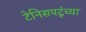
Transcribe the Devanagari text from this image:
टेनिसपटूंच्या